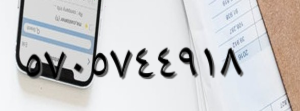
٥٧٠٥٧٤٤٩١٨